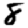
Digit: 8